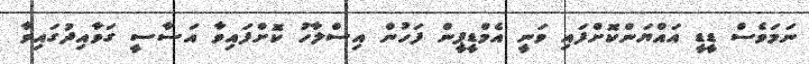
ނަމަވެސް ޑީޑީ އައްޔަންކޮށްފައި ވަނީ އެމްޑީޕީން ފަހުން އިސްލާހު ކޮށްފައިވާ އަސާސީ ގަވާއިދުގައިވާ